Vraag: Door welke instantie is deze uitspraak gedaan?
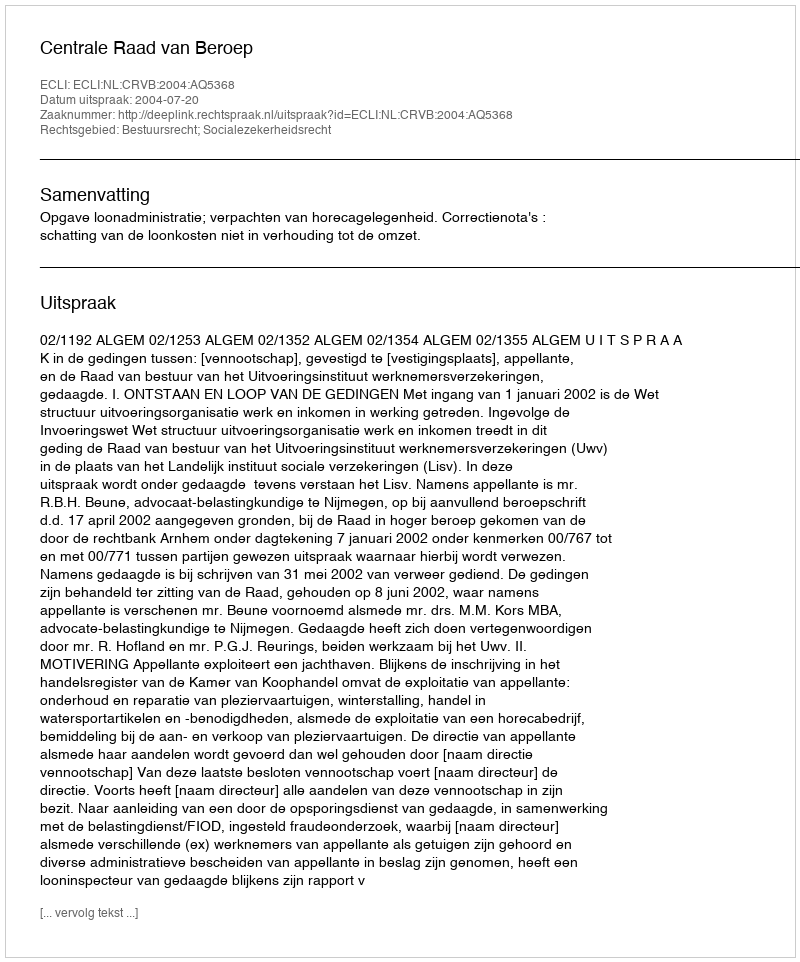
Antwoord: Centrale Raad van Beroep